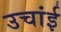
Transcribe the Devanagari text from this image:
उचांई